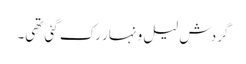
گردش لیل و نہار رک گئی تھی۔